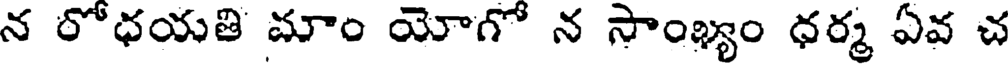
న రోధయతి మాం యోగో న సాంఖ్యం ధర్మ ఏవ చ